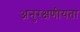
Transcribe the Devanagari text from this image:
अनुरक्षणीयता